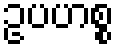
ဥပဟစ္စ